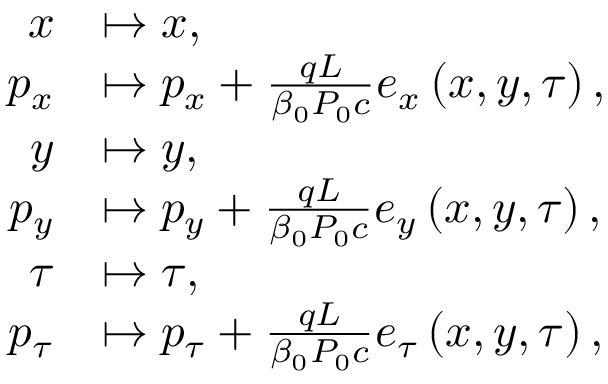
\begin{array} { r l } { x } & { \mapsto x , } \\ { p _ { x } } & { \mapsto p _ { x } + \frac { q L } { \beta _ { 0 } P _ { 0 } c } e _ { x } \left( x , y , \tau \right) , } \\ { y } & { \mapsto y , } \\ { p _ { y } } & { \mapsto p _ { y } + \frac { q L } { \beta _ { 0 } P _ { 0 } c } e _ { y } \left( x , y , \tau \right) , } \\ { \tau } & { \mapsto \tau , } \\ { p _ { \tau } } & { \mapsto p _ { \tau } + \frac { q L } { \beta _ { 0 } P _ { 0 } c } e _ { \tau } \left( x , y , \tau \right) , } \end{array}